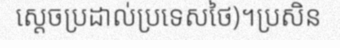
ស្តេចប្រដាល់ប្រទេសថៃ)។ប្រសិន